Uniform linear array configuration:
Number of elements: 16
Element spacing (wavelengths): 1
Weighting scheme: blackman
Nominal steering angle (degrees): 0
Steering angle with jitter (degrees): -1.344
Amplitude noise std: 0.05
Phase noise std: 0.05

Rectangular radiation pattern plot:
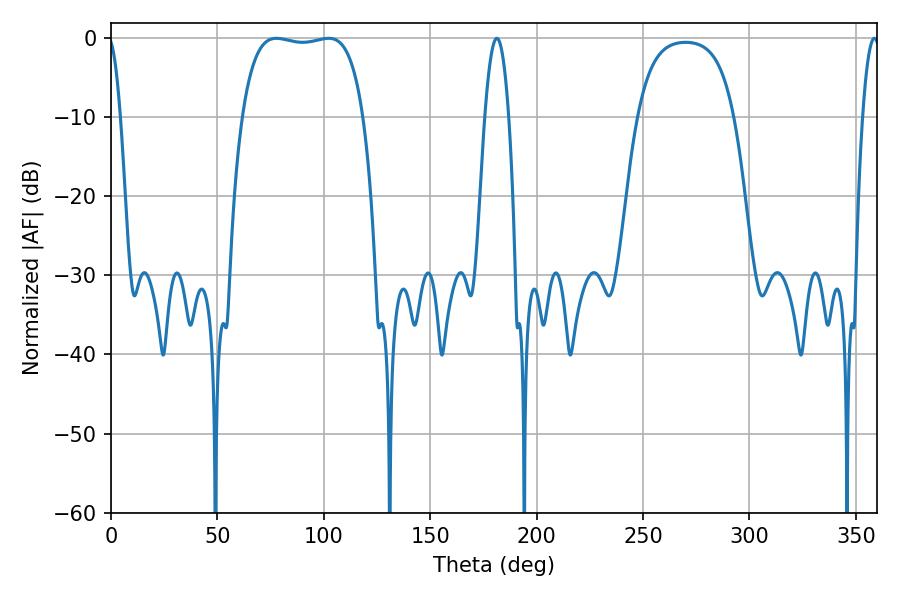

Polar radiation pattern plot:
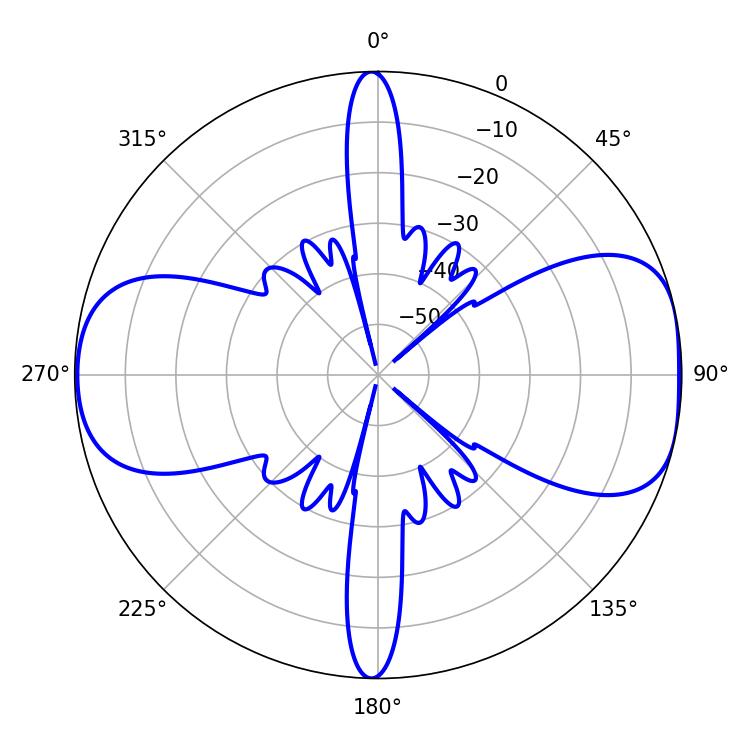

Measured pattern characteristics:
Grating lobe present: TRUE
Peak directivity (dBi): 8.725
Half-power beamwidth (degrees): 45.36
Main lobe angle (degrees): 77.76